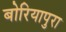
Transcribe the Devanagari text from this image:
बोरियापुरा